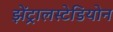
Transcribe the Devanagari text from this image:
झेंट्रालस्टेडियोन